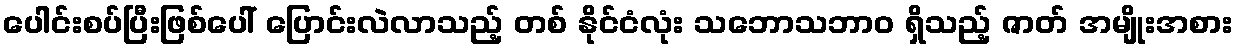
ပေါင်းစပ်ပြီးဖြစ်ပေါ် ပြောင်းလဲလာသည့် တစ် နိုင်ငံလုံး သဘောသဘာဝ ရှိသည့် ဇာတ် အမျိုးအစား